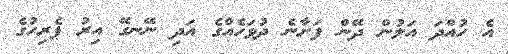
އެ ހުއްދަ އަލުން ދޭން ފަށާނެ ދުވަހެއްގެ އަދި ނޭނގޭ އިރު ޕެރިހުގެ